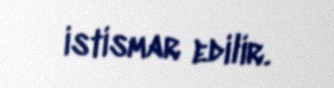
istismar edilir.